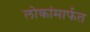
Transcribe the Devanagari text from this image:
लोकांमार्फत